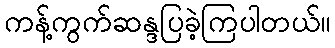
ကန့်ကွက်ဆန္ဒပြခဲ့ကြပါတယ်။